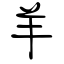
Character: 羊